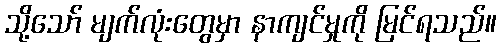
သို့သော် မျက်လုံးတွေမှာ နာကျင်မှုကို မြင်ရသည်။